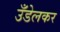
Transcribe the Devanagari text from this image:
उँडेलकर